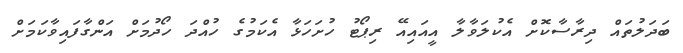
ބަދަލުތައް ދިރާސާކޮށް އެކުލަވާލާ އީއައިއޭ ރިޕޯޓު ހުށަހަޅާ އެކަމުގެ ހުއްދަ ހޯދުމަށް އަންގާފައިވާކަމަށް